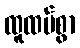
ထူထပ်စွာ